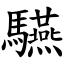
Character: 驠